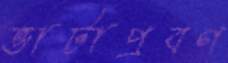
ভাটাপ্রবণ